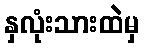
နှလုံးသားထဲမှ